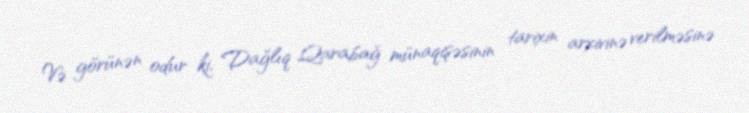
Və görünən odur ki, Dağlıq Qarabağ münaqişəsinin tarixin arxivinə verilməsinə